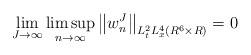
LaTeX: \begin{align*}\lim_{J\to\infty}\limsup_{n\to\infty}\left\|w^J_n\right\|_{L^{2}_tL^4_x(R^6\times R)}=0\end{align*}